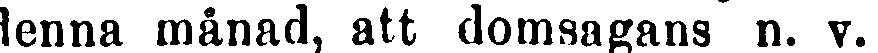
denna månad, att domsagans n. v.